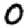
Digit: 0